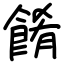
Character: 餚